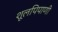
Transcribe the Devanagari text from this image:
शूलपिपाणी